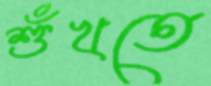
শুঁখতে